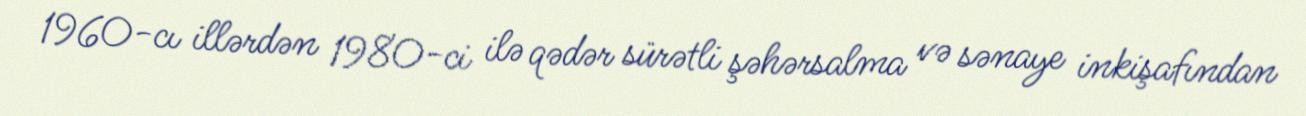
1960-cı illərdən 1980-ci ilə qədər sürətli şəhərsalma və sənaye inkişafından